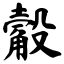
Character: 觳